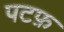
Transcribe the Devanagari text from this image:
पटफ़